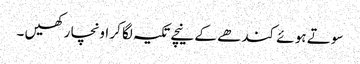
سو تے ہو ئے کند ھے کے نیچے تکیہ لگا کر اونچا ر کھیں ۔